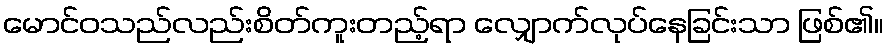
မောင်ဝသည်လည်းစိတ်ကူးတည့်ရာ လျှောက်လုပ်နေခြင်းသာ ဖြစ်၏။